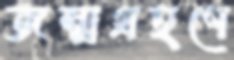
জন্মগ্রহণে